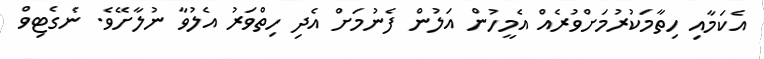
އެކަމާއި ހިތާމަކުރުމަށްވުރެއް އެމީހުން އަލުން ފެނުމަށް އެދި ހިތްވަރު އެލުވާ ނުލާށޭވެ. ނެގެޓިވް